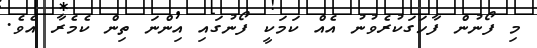
މި ފޯނުން ފާހަގަކުރެވުނު އެއް ކަމަކީ ފޯނުގައި އިންނަ ތިން ކެމެރާ އެވެ.